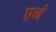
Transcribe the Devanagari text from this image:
एनं